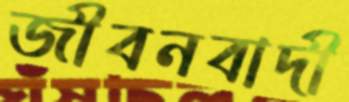
জীবনবাদী